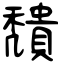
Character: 穨